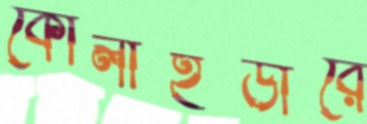
কোলাইডারে